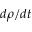
d \rho / d t